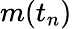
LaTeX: m(t_{n})